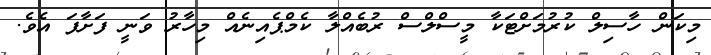
މިކަން ހާސިލް ކުރުމަށްޓަކާ މީސްލްސް ރުބެއްލާ ކެމްޕެއިނެއް މިހާރު ވަނީ ފަށާފަ އެވެ.